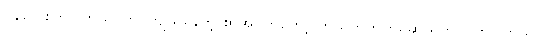
ဝန်လေးကြပါတယ်၊ တွင်ကျယ်နေတဲ့ စာအုပ်ကိုတော့ ဘယ်တိုက်ကမဆို ရိုက်လိုကြပါတယ်၊